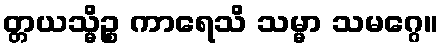
တ္တယသ္မိဉ္စ ကာရေသိ သမ္မာ သမဂ္ဂေ။